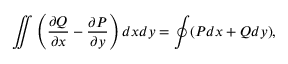
\iint \left( \frac { \partial Q } { \partial x } - \frac { \partial P } { \partial y } \right) d x d y = \oint ( P d x + Q d y ) ,